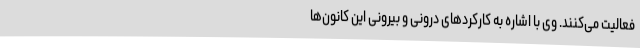
فعالیت می‌کنند. وی با اشاره به کارکردهای درونی و بیرونی این کانون‌ها